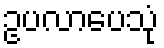
ဥပလာပေသုံ